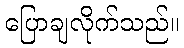
ပြောချလိုက်သည်။